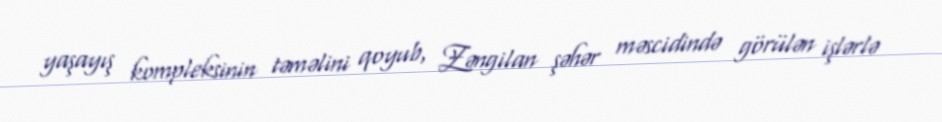
yaşayış kompleksinin təməlini qoyub, Zəngilan şəhər məscidində görülən işlərlə